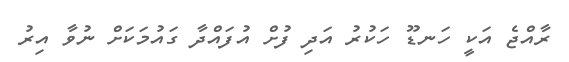
ރާއްޖެ އަކީ ހަނޑޫ ހަކުރު އަދި ފުށް އުފައްދާ ގައުމަކަށް ނުވާ އިރު